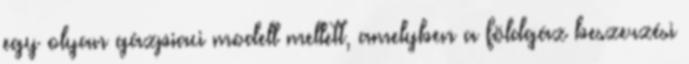
egy olyan gázpiaci modell mellett, amelyben a földgáz beszerzési